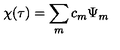
\chi ( \tau ) = \sum _ { m } c _ { m } \Psi _ { m }